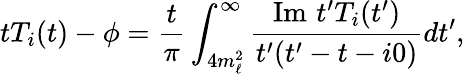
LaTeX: tT_{i}(t)-\phi=\frac{t}{\pi}\int_{4m_{\ell}^{2}}^{\infty}\frac{\mathrm{Im}\, \, t^{\prime}T_{i}(t^{\prime})}{t^{\prime}(t^{\prime}-t-i0)}dt^{\prime},